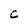
Character: C